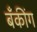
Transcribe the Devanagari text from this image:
बॅँकींग